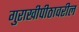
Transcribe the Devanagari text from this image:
गुराखीपीठावरील